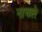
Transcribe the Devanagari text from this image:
नाचले